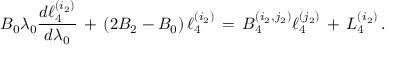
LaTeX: B _ { 0 } \lambda _ { 0 } { \frac { d \ell _ { 4 } ^ { ( i _ { 2 } ) } } { d \lambda _ { 0 } } } \, + \, \left( 2 B _ { 2 } - B _ { 0 } \right) \ell _ { 4 } ^ { ( i _ { 2 } ) } \, = \, B _ { 4 } ^ { ( i _ { 2 } , j _ { 2 } ) } \ell _ { 4 } ^ { ( j _ { 2 } ) } \, + \, L _ { 4 } ^ { ( i _ { 2 } ) } \, .